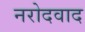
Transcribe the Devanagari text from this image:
नरोदवाद